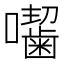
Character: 𭌰